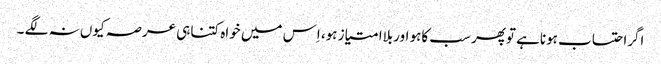
اگراحتساب ہوناہے توپھر سب کاہو اوربلاامتیاز ہو، اِس میں خواہ کتناہی عرصہ کیوں نہ لگے ۔